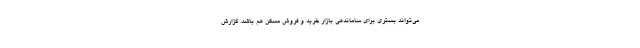
می‌تواند بستری برای ساماندهی بازار خرید و فروش مسکن هم باشد. گزارش